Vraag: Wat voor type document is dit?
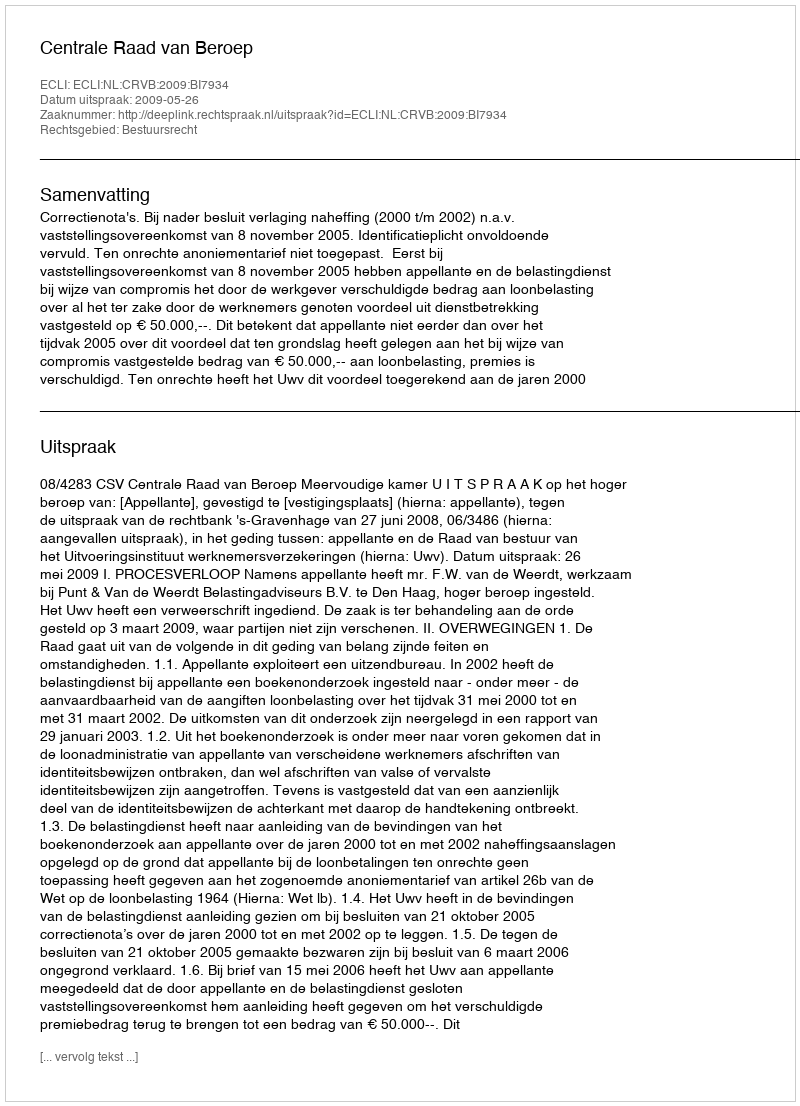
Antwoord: Uitspraak